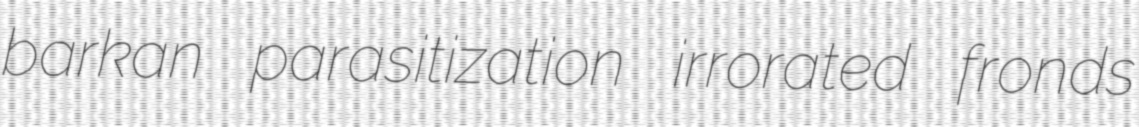
barkan parasitization irrorated fronds